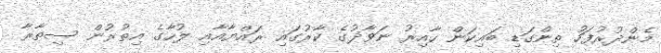
މެންދުރުފަހު ތިންގަޑި ބައިކަން ހާއިރު ނަވާޛުގެ ކާރުގައި ރައްޔާއާއި ލުހާގެ އިތުރުން ސިތާރާ